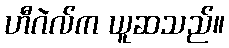
ဟီဂဲလ်က ယူဆသည်။